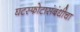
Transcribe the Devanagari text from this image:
घटस्फोटासंबंधीचा